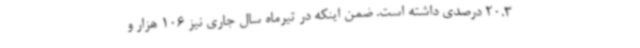
20.3 درصدی داشته است. ضمن اینکه در تیرماه سال جاری نیز 106 هزار و